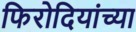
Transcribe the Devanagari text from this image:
फिरोदियांच्या